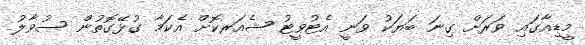
މީޑިއާގައި ވަރަށް ގިނަ ބަޔަކު ވަނީ އެޓުވީޓު ޝެއަރކޮށް އެކަމާ ގުޅޭގޮތުން ސުވާލު